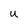
Character: U